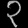
Digit: ၃